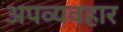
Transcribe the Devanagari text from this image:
अपव्यवहार